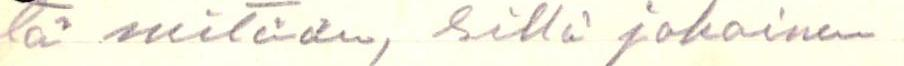
tä mitään, sillä jokainen